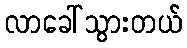
လာခေါ်သွားတယ်